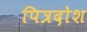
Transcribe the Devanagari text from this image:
पित्रदोश